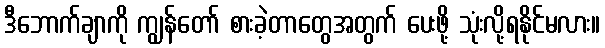
ဒီဘောက်ချာကို ကျွန်တော် စားခဲ့တာတွေအတွက် ပေးဖို့ သုံးလို့ရနိုင်မလား။